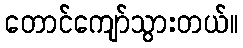
တောင်ကျော်သွားတယ်။